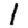
Digit: 1